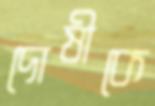
দোষীকে